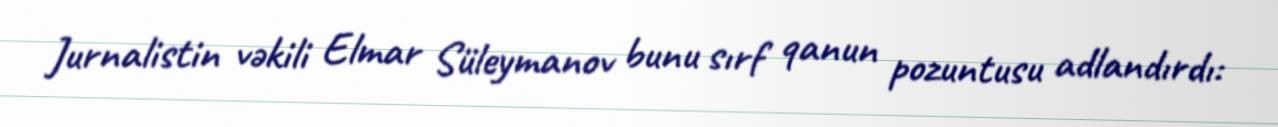
Jurnalistin vəkili Elmar Süleymanov bunu sırf qanun pozuntusu adlandırdı: